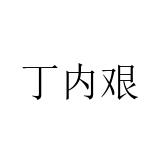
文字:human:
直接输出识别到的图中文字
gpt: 丁内艰